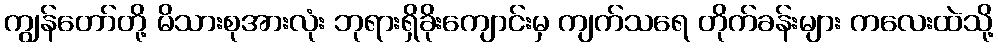
ကျွန်တော်တို့ မိသားစုအားလုံး ဘုရားရှိခိုးကျောင်းမှ ကျက်သရေ တိုက်ခန်းများ ကလေးထဲသို့